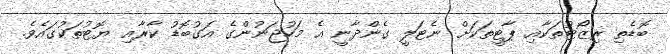
ބޮޑެތި ރިޒޯޓުތަކާއި ޕާޓީތަކަށް ނެޓަލީ ގެންދާނީ އެ މަހުޖަނުންގެ އަގުބޮޑު ކާރާއި ޔޮޓުތަކުގައެވެ.